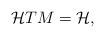
LaTeX: \begin{align*}\mathcal{H}TM=\mathcal{H}, \end{align*}